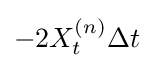
-2X_{t}^{(n)}\Delta t